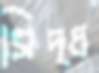
সিদ্ধ